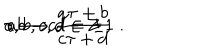
\tau \longrightarrow \frac { a \tau + b } { c \tau + d } \hspace { 1 c m } a , b , c , d \in { \bf Z } \; , \hspace { 1 c m } a b - c d = \pm 1 \; .